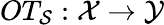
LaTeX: OT_{\mathcal{S}}:\mathcal{X}\rightarrow\mathcal{Y}